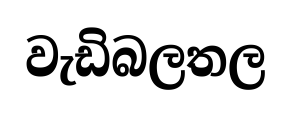
වැඩිබලතල